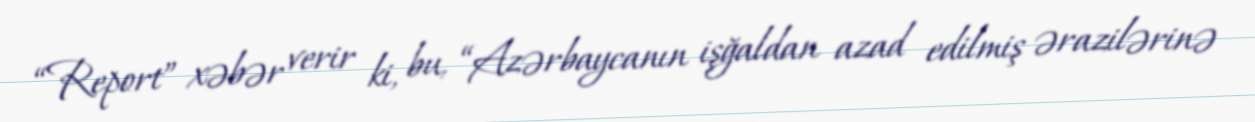
“Report” xəbər verir ki, bu, “Azərbaycanın işğaldan azad edilmiş ərazilərinə